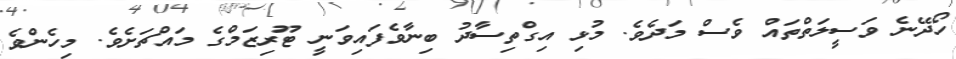
ހޯދޭނެ ވަސީލަތްތައް ވެސް މަދެވެ. މުޅި އިގްތިސާދު ބިނާވެފައިވަނީ ޓޫރިޒަމްގެ މައްޗަށެވެ. މިހެންވެ